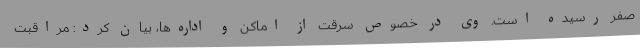
صفر رسیده است. وی در خصوص سرقت از اماکن و اداره‌ها، بیان کرد: مراقبت